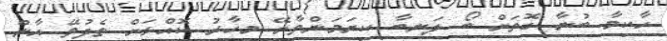
ހާކިމާ ބުނާ ގޮތަށް ބޯ ލަނބާ ކިޔަމަންވާށޭ މިހާރު ކޮއްޅަށް ތެދުވޭ އާން